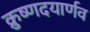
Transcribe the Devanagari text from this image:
क्रुष्णदयार्णव